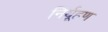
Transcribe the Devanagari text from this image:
निर्यूहण